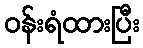
ဝန်းရံထားပြီး